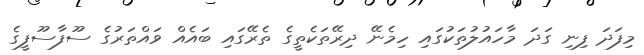
މިފަދަ ފިނި ގަދަ މާހައުލުތަކުގައި ހިމެނޭ ދިރޭތަކެތީގެ ތެރޭގައި ބައެއް ވައްތަރުގެ ސޫފާސޫފީގެ